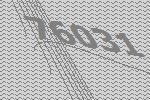
76031